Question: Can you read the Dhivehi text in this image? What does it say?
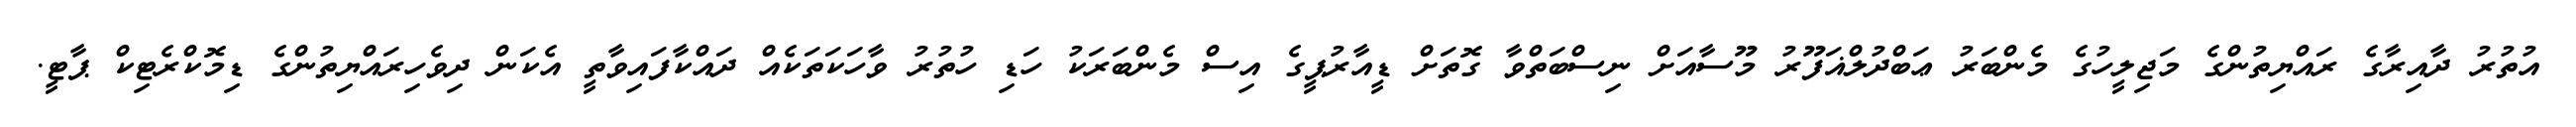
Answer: އުތުރު ދާއިރާގެ ރައްޔިތުންގެ މަޖިލީހުގެ މެންބަރު ޢަބްދުލްޣަފޫރު މޫސާއަށް ނިސްބަތްވާ ގޮތަށް ޑީއާރުޕީގެ އިސް މެންބަރަކު ހަޑި ހުތުރު ވާހަކަތަކެއް ދައްކާފައިވާތީ އެކަން ދިވެހިރައްޔިތުންގެ ޑިމޮކްރެޓިކް ޕާޓީ.